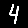
Digit: 4